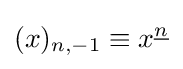
(x)_{n,-1}\equiv x^{\underline {n}}